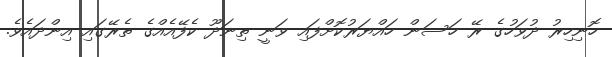
ހޮނިހިރު ދުވަހުގެ ރޭ ހަސަން ހައްޔަރުކޮށްފައި ވަނީ ތިނަދޫ ކެފޭއެއްގެ ތެރޭގައި އިންދައެވެ.